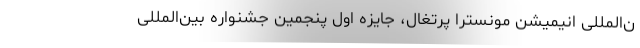
ن‌المللی انیمیشن مونسترا پرتغال، جایزه اول پنجمین جشنواره بین‌المللی